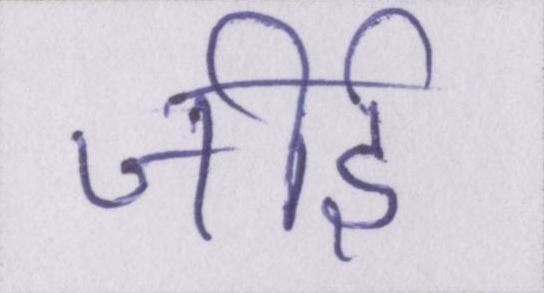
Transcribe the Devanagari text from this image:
जीर्इ